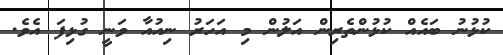
ކުޅުނު ބައެއް ކުޅުންތެރިން އަލުން މި އަހަރު ނިއުއާ ވަނީ ގުޅިފަ އެވެ.